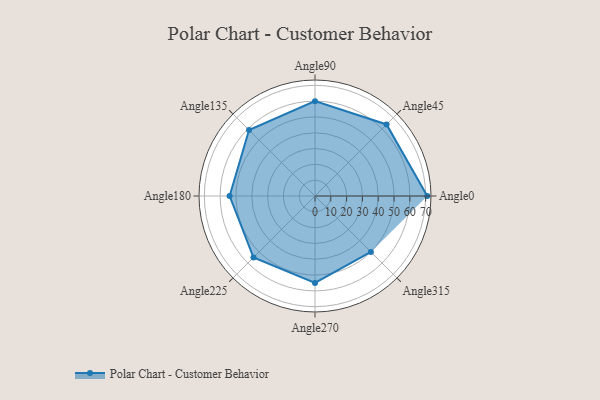
{"axis": {"x": "Angle", "y": "Radius"}, "legend": [""], "data": [{"x": "Angle0", "y": 71.0, "type": ""}, {"x": "Angle45", "y": 64.0, "type": ""}, {"x": "Angle90", "y": 60.0, "type": ""}, {"x": "Angle135", "y": 59.0, "type": ""}, {"x": "Angle180", "y": 54.0, "type": ""}, {"x": "Angle225", "y": 55.0, "type": ""}, {"x": "Angle270", "y": 55.0, "type": ""}, {"x": "Angle315", "y": 50, "type": ""}]}